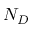
N _ { D }